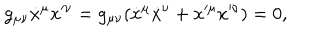
LaTeX: g _ { \mu \nu } \dot { x } ^ { \mu } x ^ { \nu } = g _ { \mu \nu } ( \dot { x } ^ { \mu } \dot { x } ^ { \nu } + x ^ { \mu } x ^ { \nu } ) = 0 ,